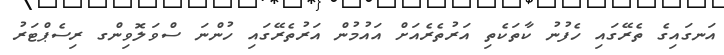
އަނގައިގެ ތެރޭގައި ހެފުނު ކާތަކެތި އަރުތެރެއަށް އައުމުން އަރުތެރޭގައި ހުންނަ ސްވަލޮވިންގ ރިސެޕްޓަރު